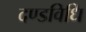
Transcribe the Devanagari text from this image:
दण्डविधि